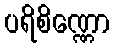
ပရိစိဏ္ဏော